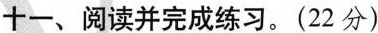
十一、阅读并完成练习。(22分)